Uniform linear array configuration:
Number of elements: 24
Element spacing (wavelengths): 0.75
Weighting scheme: cosine
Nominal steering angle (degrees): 45
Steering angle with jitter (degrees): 44.012
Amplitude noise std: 0.05
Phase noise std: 0.05

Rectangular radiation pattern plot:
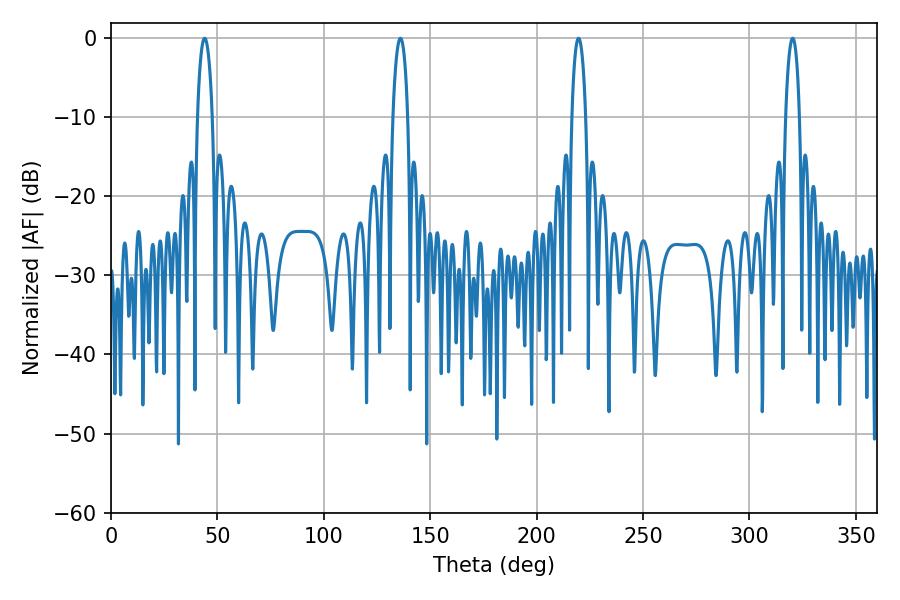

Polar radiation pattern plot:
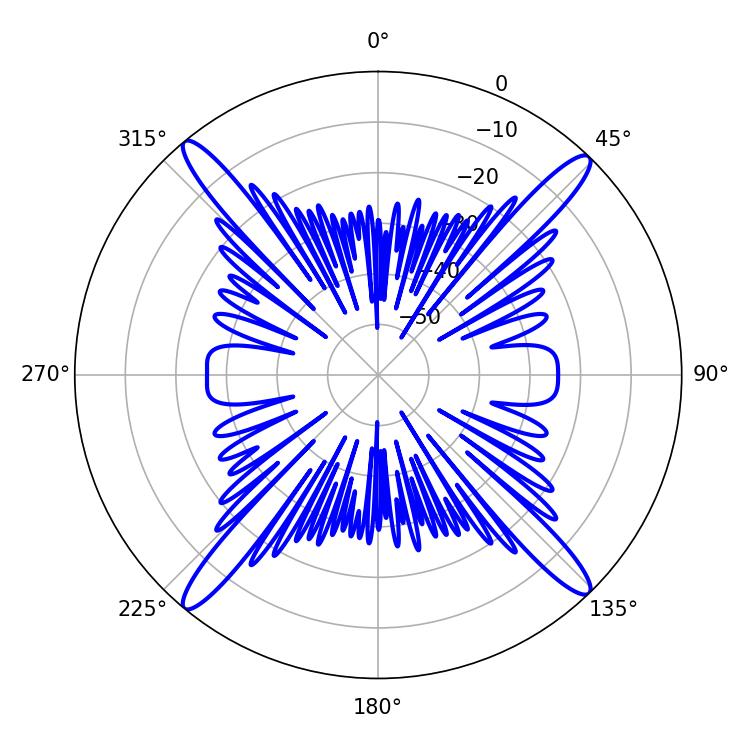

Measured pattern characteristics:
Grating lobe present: TRUE
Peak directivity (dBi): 21.048
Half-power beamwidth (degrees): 3.96
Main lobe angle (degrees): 43.92